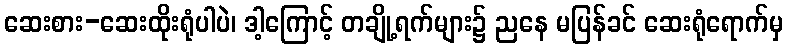
ဆေးစား-ဆေးထိုးရုံပါပဲ၊ ဒါ့ကြောင့် တချို့ရက်များ၌ ညနေ မပြန်ခင် ဆေးရုံရောက်မှ